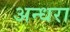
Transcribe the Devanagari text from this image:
अन्धरा